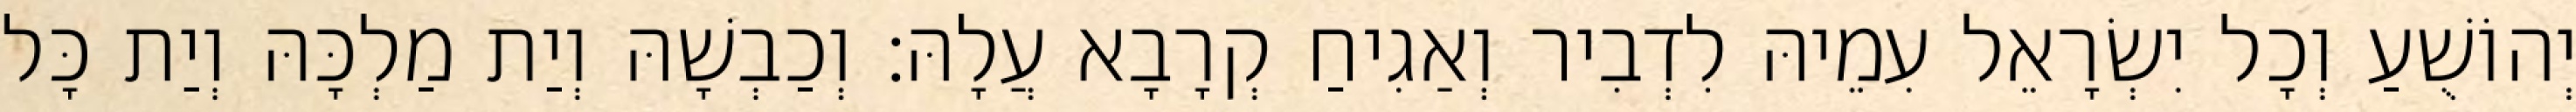
יְהוֹשֻׁעַ וְכָל יִשְׂרָאֵל עִמֵיהּ לִדְבִיר וְאַגִיחַ קְרָבָא עֲלָהּ׃ וְכַבְשָׁהּ וְיַת מַלְכָּהּ וְיַת כָּל